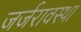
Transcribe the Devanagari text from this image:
जर्जरावस्था